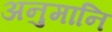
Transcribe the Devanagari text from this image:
अनुमानि